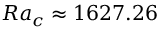
{ R a _ { c } \approx 1 6 2 7 . 2 6 }